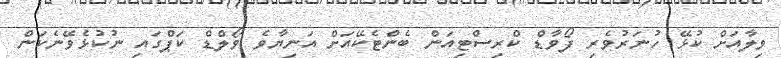
ވިލާއަށް ކުޅޭ ހުނަރުވެރި ފޯވާޑް ކްރިސްޓިއަން ބެންޓެކޭއަށް އަނިޔާވެ ވޯލްޑް ކަޕްގައި ނުކުޅެވޭނެކަން